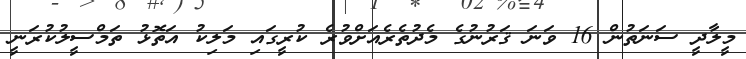
މީލާދީ ސަނަތުން 16 ވަނަ ޤަރުނުގެ މެދުތެރެއަށްވުރެ ކުރީގައި މަލިކު އަތޮޅު ތަމްސީލުކުރަނީ